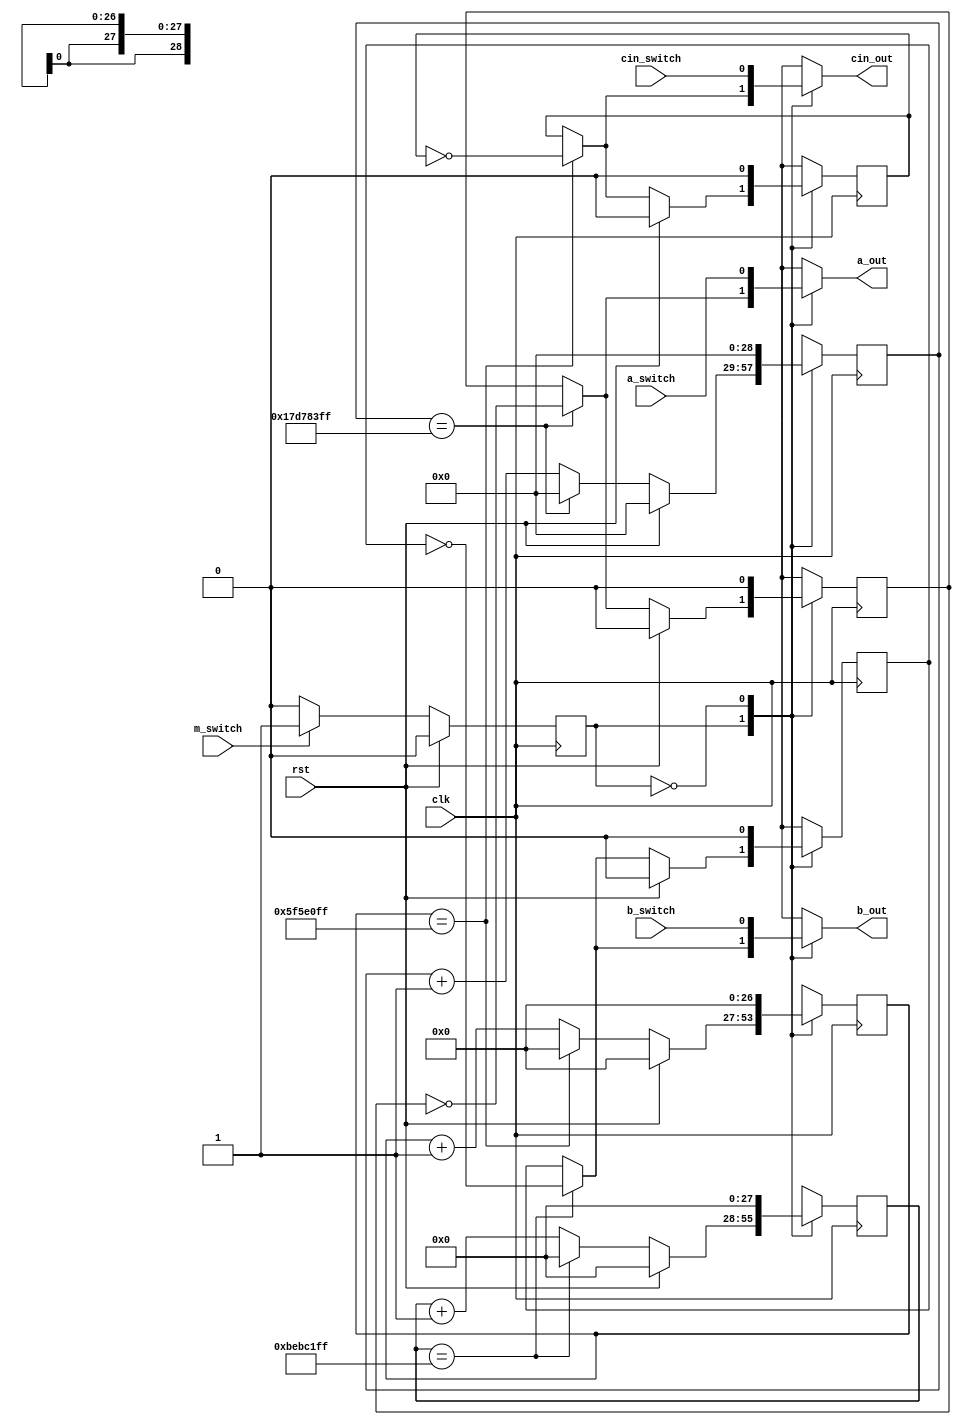
/*
   This file was generated automatically by Alchitry Labs version 1.1.6.
   Do not edit this file directly. Instead edit the original Lucid source.
   This is a temporary file and any changes made to it will be destroyed.
*/

module testerfsm_2 (
    input clk,
    input rst,
    input a_switch,
    input b_switch,
    input cin_switch,
    input m_switch,
    output reg a_out,
    output reg b_out,
    output reg cin_out
  );
  
  
  
  localparam MANUAL_state = 1'd0;
  localparam AUTOMATIC_state = 1'd1;
  
  reg M_state_d, M_state_q = MANUAL_state;
  reg [0:0] M_a_state_d, M_a_state_q = 1'h0;
  reg [0:0] M_b_state_d, M_b_state_q = 1'h0;
  reg [0:0] M_cin_state_d, M_cin_state_q = 1'h0;
  reg [28:0] M_a_ctr_d, M_a_ctr_q = 1'h0;
  reg [27:0] M_b_ctr_d, M_b_ctr_q = 1'h0;
  reg [26:0] M_cin_ctr_d, M_cin_ctr_q = 1'h0;
  
  always @* begin
    M_state_d = M_state_q;
    M_a_ctr_d = M_a_ctr_q;
    M_a_state_d = M_a_state_q;
    M_b_ctr_d = M_b_ctr_q;
    M_cin_ctr_d = M_cin_ctr_q;
    M_cin_state_d = M_cin_state_q;
    M_b_state_d = M_b_state_q;
    
    a_out = M_a_state_q;
    b_out = M_b_state_q;
    cin_out = M_cin_state_q;
    
    case (M_state_q)
      AUTOMATIC_state: begin
        M_a_ctr_d = M_a_ctr_q + 1'h1;
        if (M_a_ctr_q == 29'h17d783ff) begin
          M_a_ctr_d = 1'h0;
          a_out = ~M_a_state_q;
          M_a_state_d = ~M_a_state_q;
        end
        M_b_ctr_d = M_b_ctr_q + 1'h1;
        if (M_b_ctr_q == 28'hbebc1ff) begin
          M_b_ctr_d = 1'h0;
          b_out = ~M_b_state_q;
          M_b_state_d = ~M_b_state_q;
        end
        M_cin_ctr_d = M_cin_ctr_q + 1'h1;
        if (M_cin_ctr_q == 27'h5f5e0ff) begin
          M_cin_ctr_d = 1'h0;
          cin_out = ~M_cin_state_q;
          M_cin_state_d = ~M_cin_state_q;
        end
        if (rst) begin
          M_a_ctr_d = 1'h0;
          M_b_ctr_d = 1'h0;
          M_cin_ctr_d = 1'h0;
          M_a_state_d = 1'h0;
          M_b_state_d = 1'h0;
          M_cin_state_d = 1'h0;
        end
        if (m_switch == 1'h0) begin
          M_state_d = MANUAL_state;
        end
      end
      MANUAL_state: begin
        a_out = a_switch;
        b_out = b_switch;
        cin_out = cin_switch;
        if (m_switch == 1'h1) begin
          M_state_d = AUTOMATIC_state;
        end
        M_a_ctr_d = 1'h0;
        M_b_ctr_d = 1'h0;
        M_cin_ctr_d = 1'h0;
        M_a_state_d = 1'h0;
        M_b_state_d = 1'h0;
        M_cin_state_d = 1'h0;
      end
    endcase
  end
  
  always @(posedge clk) begin
    M_a_state_q <= M_a_state_d;
    M_b_state_q <= M_b_state_d;
    M_cin_state_q <= M_cin_state_d;
    M_a_ctr_q <= M_a_ctr_d;
    M_b_ctr_q <= M_b_ctr_d;
    M_cin_ctr_q <= M_cin_ctr_d;
    
    if (rst == 1'b1) begin
      M_state_q <= 1'h0;
    end else begin
      M_state_q <= M_state_d;
    end
  end
  
endmodule